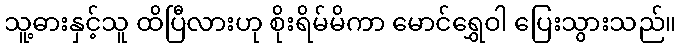
သူ့ဓားနှင့်သူ ထိပြီလားဟု စိုးရိမ်မိကာ မောင်ရွှေဝါ ပြေးသွားသည်။